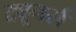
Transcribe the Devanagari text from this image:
ट्यूनर्स